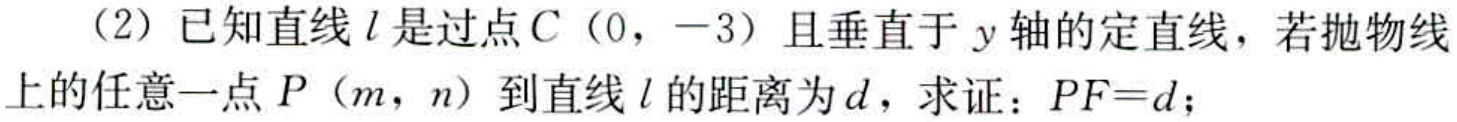
（2）已知直线\(l\)是过点\(C(0,-3)\)且垂直于\(y\)轴的定直线，若抛物线上的任意一点\(P(m,n)\)到直线\(l\)的距离为\(d\)，求证：\(PF = d\)；